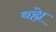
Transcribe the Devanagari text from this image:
बह्ये